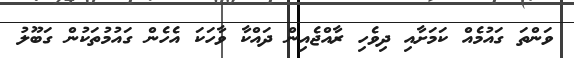
ވަންތަ ގައުމެއް ކަމަށާއި ދިވެހި ރާއްޖެއިން ދައްކާ ވާހަކަ އެހެން ގައުމުތަކުން ގަބޫލު